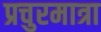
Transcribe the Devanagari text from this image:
प्रचुरमात्रा